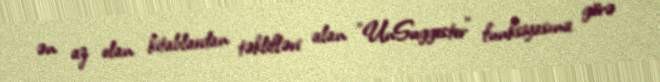
ən az olan kitablardan təklifləri alan "UnSuggester" funksiyasına görə